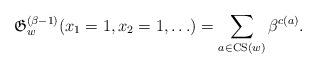
\begin{gather*}\mathfrak{G}_{w}^{(\beta-1)}(x_1=1,x_2=1,\ldots)= \sum_{a \in {\rm CS}(w)} \beta^{c(a)}.\end{gather*}